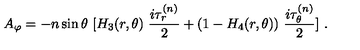
A _ { \varphi } = - n \sin \theta \ [ H _ { 3 } ( r , \theta ) \ \frac { i \tau _ { r } ^ { ( n ) } } { 2 } + ( 1 - H _ { 4 } ( r , \theta ) ) \ \frac { i \tau _ { \theta } ^ { ( n ) } } { 2 } ] \ .